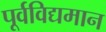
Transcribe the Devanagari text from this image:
पूर्वविद्यमान